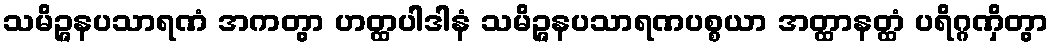
သမိဉ္ဇနပသာရဏံ အကတွာ ဟတ္ထပါဒါနံ သမိဉ္ဇနပသာရဏပစ္စယာ အတ္ထာနတ္ထံ ပရိဂ္ဂဏှိတွာ